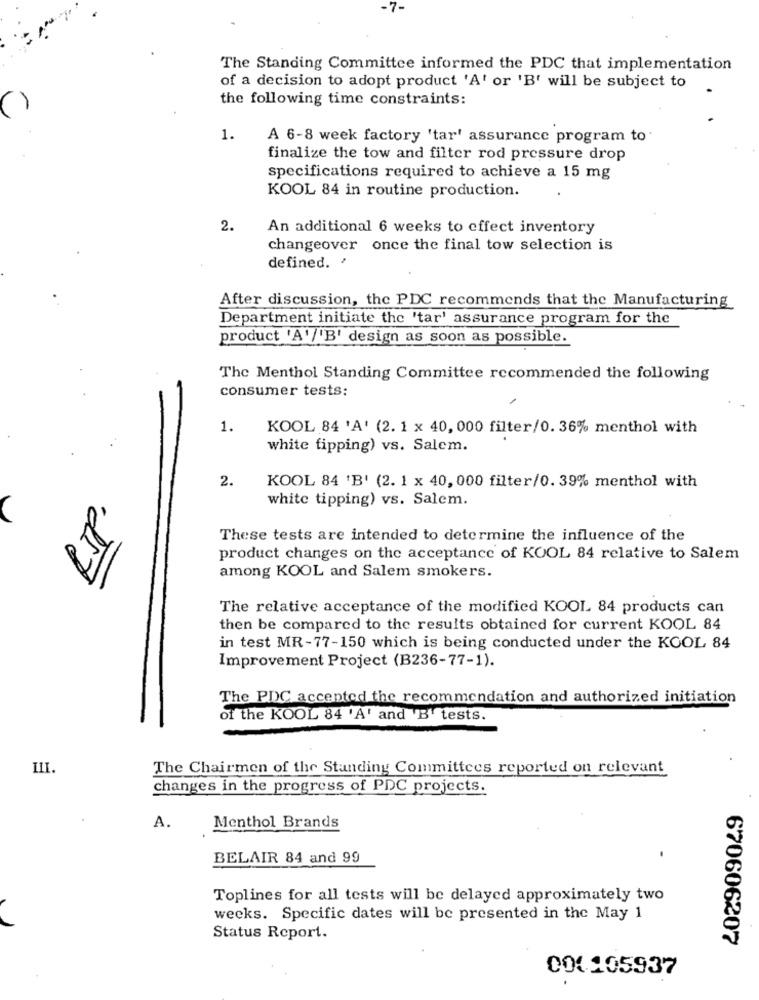
The Standing Committee informed the PDC that implementation
of a decision to adopt product 'A' or 'B' will be subject to
the following time constraints:
()
1.
A 6-8 week factory 'tar' assurance program to'
finalize the tow and filter rod pressure drop
specifications required to achieve a 15 mg
KOOL 84 in routine production.
2.
An additional 6 weeks to effect inventory
changeover once the final tow selection is
defined. '
After discussion, the PDC recommends that the Manufacturing
Department initiate the 'tar' assurance program for the
product 'A'/'B' design as soon as possible.
The Menthol Standing Committee recommended the following
consumer tests:
1.
KOOL 84 'A' (2. 1 x 40, 000 filter/0. 36% menthol with
white tipping) vs. Salem.
2.
KOOL 84 'B' (2. 1 x 40, 000 filter/0. 39% menthol with
white tipping) vs. Salem.
RSP
These tests are intended to determine the influence of the
product changes on the acceptance of KOOL 84 relative to Salem
among KOOL and Salem smokers.
The relative acceptance of the modified KOOL 84 products can
then be compared to the results obtained for current KOOL 84
in test MR-77-150 which is being conducted under the KOOL 84
Improvement Project (B236-77-1).
The PDC accented the recommendation and authorized initiation
of the KOOL 84 'A' and 'B' tests.
III.
The Chairmen of the Standing Committees reported on relevant
changes in the progress of PDC projects.
A.
Menthol Brands
BELAIR 84 and 99
Toplines for all tests will be delayed approximately two
weeks. Specific dates will be presented in the May 1
Status Report.
670606207
001105937